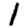
Digit: 1